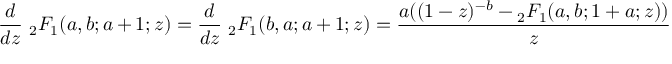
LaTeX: { \frac { d } { d z } } \ { } _ { 2 } F _ { 1 } ( a , b ; a + 1 ; z ) = { \frac { d } { d z } } \ { } _ { 2 } F _ { 1 } ( b , a ; a + 1 ; z ) = { \frac { a ( ( 1 - z ) ^ { - b } - { } _ { 2 } F _ { 1 } ( a , b ; 1 + a ; z ) ) } { z } }